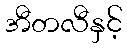
အီတလီနှင့်